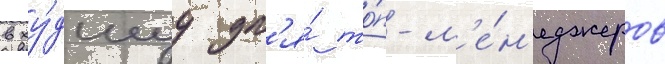
в ху́дшуу дл'я́ то́п-м'е́н'еджеров